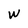
Character: W